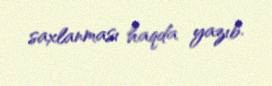
saxlanması haqda yazıb.